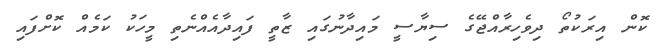
ކޮން އިރަކުތޯ ދިވެހިރާއްޖޭގެ ސިޔާސީ މައިދާނުގައި ޒާތީ ފައިދާއެއްނެތި މީހަކު ކަމެއް ކޮށްފައި